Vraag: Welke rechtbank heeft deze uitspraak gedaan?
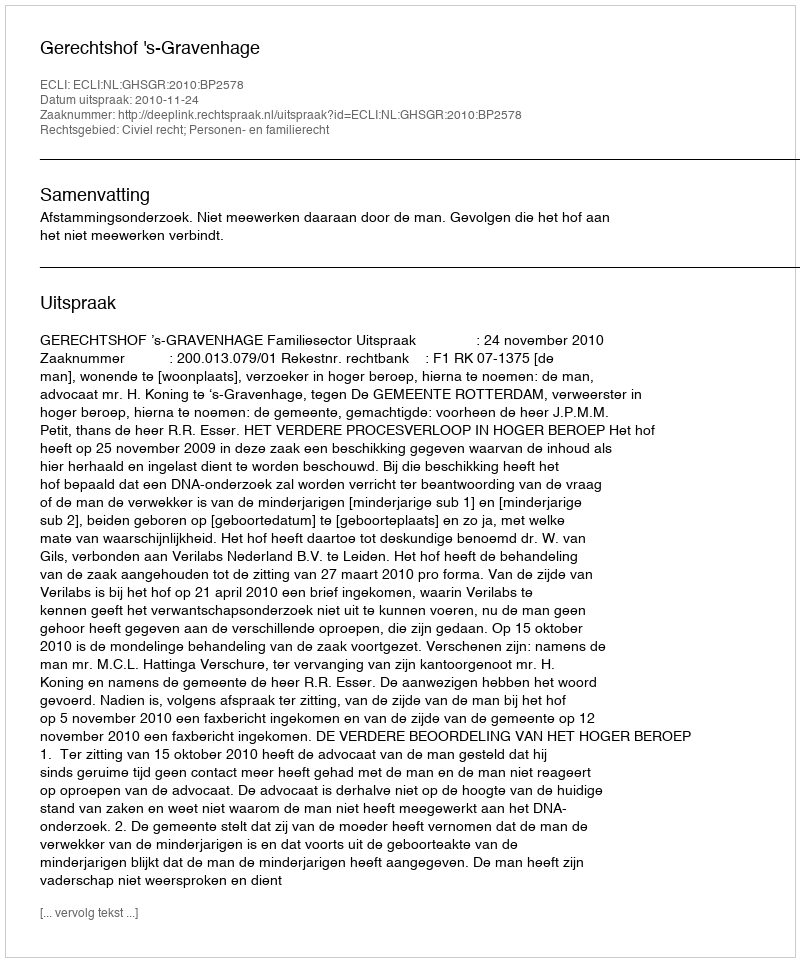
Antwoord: Gerechtshof 's-Gravenhage